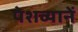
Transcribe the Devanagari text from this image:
पेशव्यानें